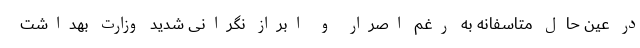
در عین حال متاسفانه به رغم اصرار و ابراز نگرانی شدید وزارت بهداشت